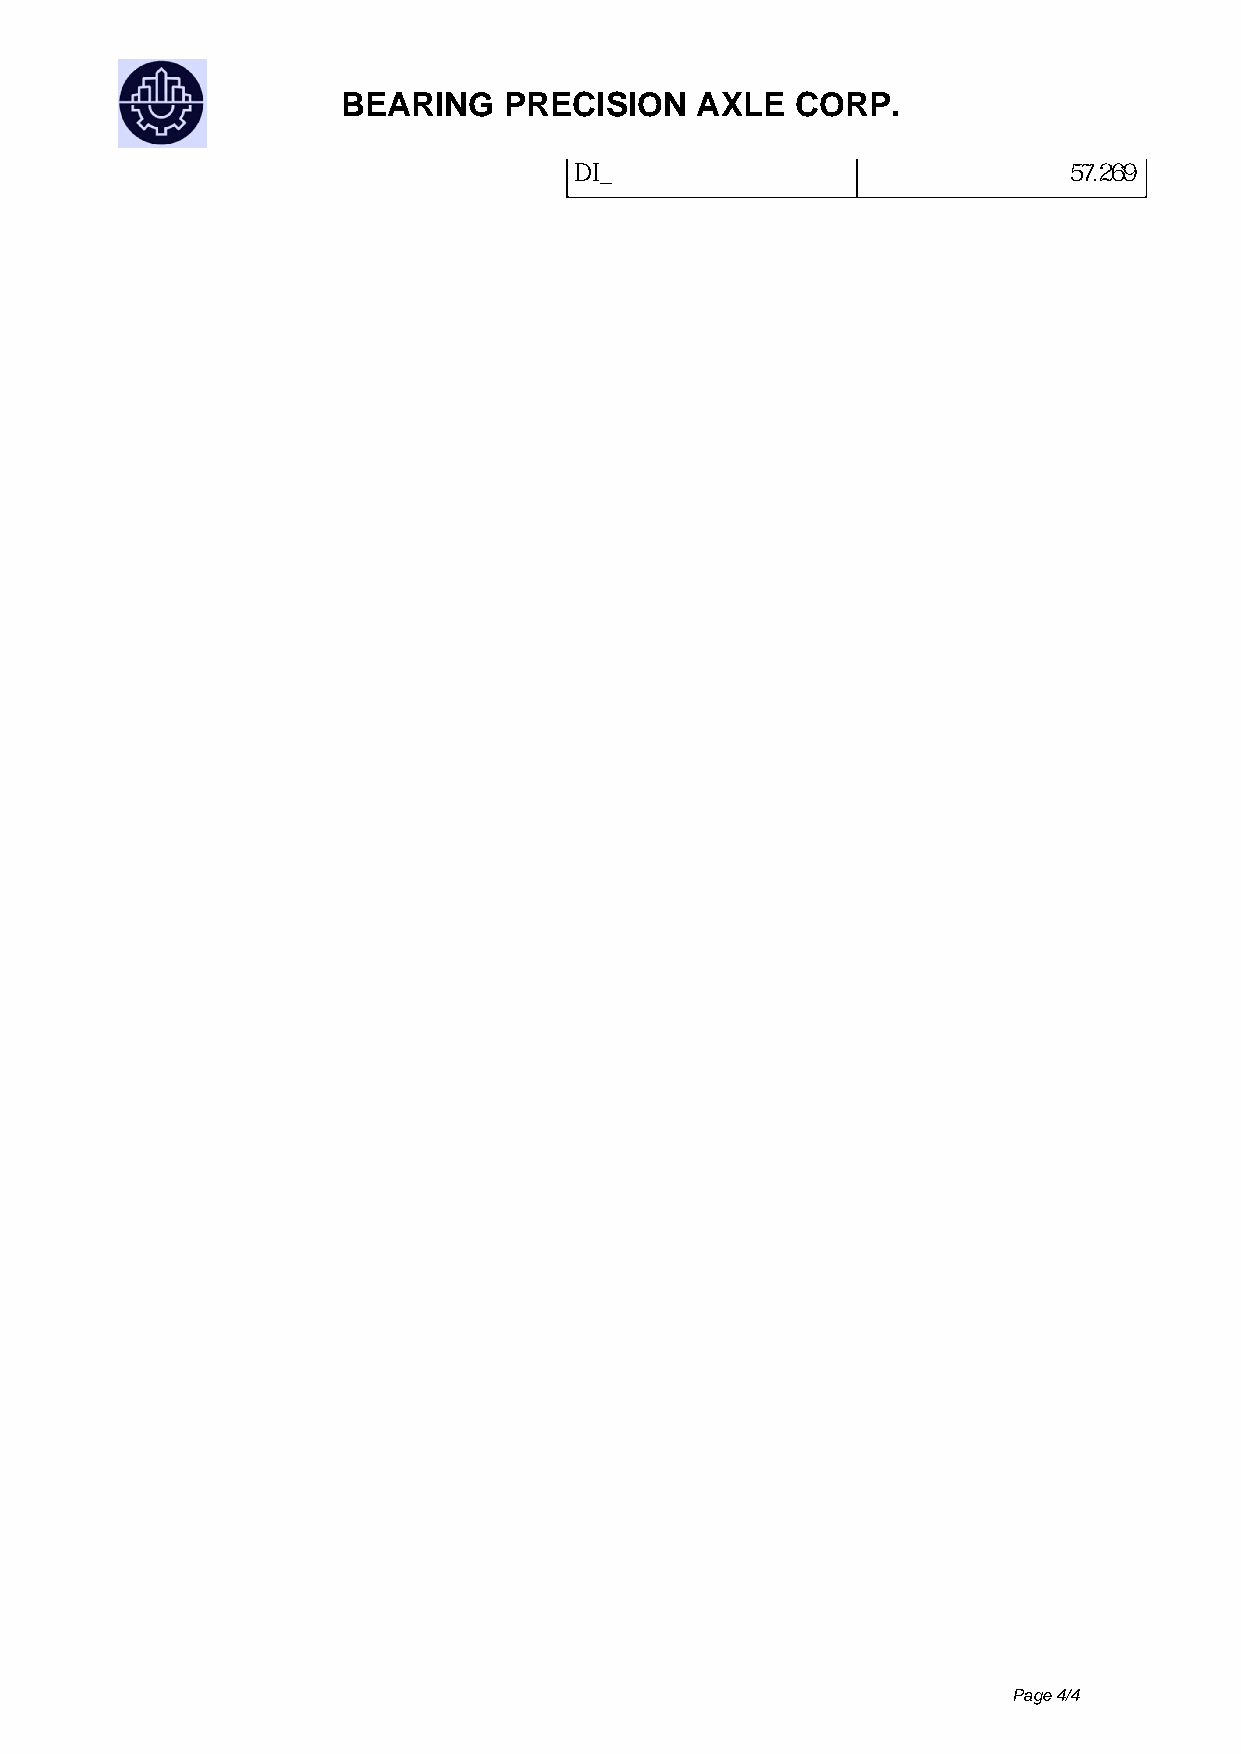
BEARING   PRECISION    AXLE   CORP.
 DI_                              57.269
 Page 4/4
 Powered by TCPDF (www.tcpdf.org)